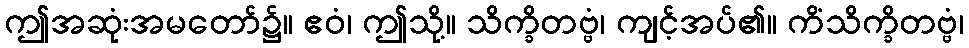
ဤအဆုံးအမတော်၌။ ဧဝံ၊ ဤသို့။ သိက္ခိတဗ္ဗံ၊ ကျင့်အပ်၏။ ကိံသိက္ခိတဗ္ဗံ၊